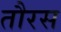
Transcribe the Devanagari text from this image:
तौरस